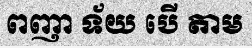
ពញា ទ័យ បើ តាម